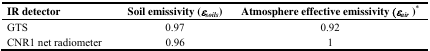
<table><thead><tr><td><b>IR detector</b></td><td><b>Soil emissivity (<i>ε<sub>soils</sub></i>)</b></td><td><b>Atmosphere effective emissivity (<i>ε<sub>air</sub></i>)*</b></td></tr></thead><tbody><tr><td>GTS</td><td>0.97</td><td>0.92</td></tr><tr><td>CNR1 net radiometer</td><td>0.96</td><td>1</td></tr></tbody></table>